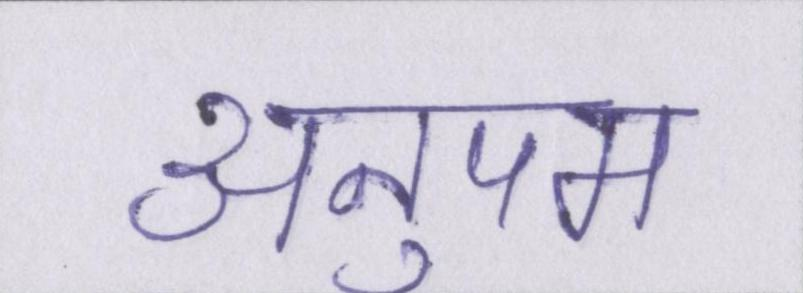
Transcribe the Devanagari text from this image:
अनुपम